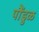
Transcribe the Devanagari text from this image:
पौंडुळ